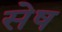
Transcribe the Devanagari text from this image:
सेष